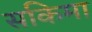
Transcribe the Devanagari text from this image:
सकिमा